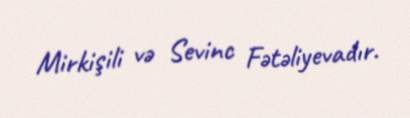
Mirkişili və Sevinc Fətəliyevadır.